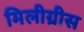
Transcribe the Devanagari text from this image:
मिलीग्रीस